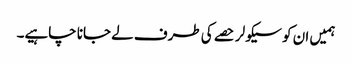
ہمیں ان کو سیکولر حصے کی طرف لے جانا چاہیے۔